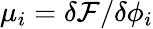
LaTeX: \mu_{i}={\delta\mathcal{F}}/{\delta{\phi_{i}}}